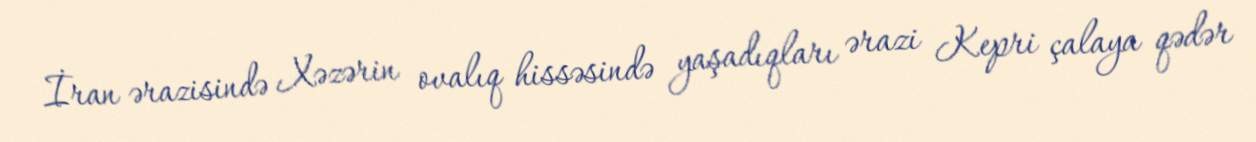
İran ərazisində Xəzərin ovalıq hissəsində yaşadıqları ərazi Kepri çalaya qədər